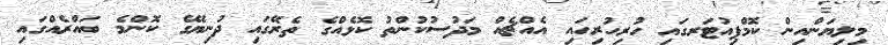
މިލިޔަންއިން ކޮމްޕިއުޓަރގައި ހުރިހުރިހައި އެއްޗެއް މަދުސުކުންތު ކޮޅެއްގެ ތެރޭގައި ދުނިޔޭގެ ކޮންމެ ބައްރެއްގައި